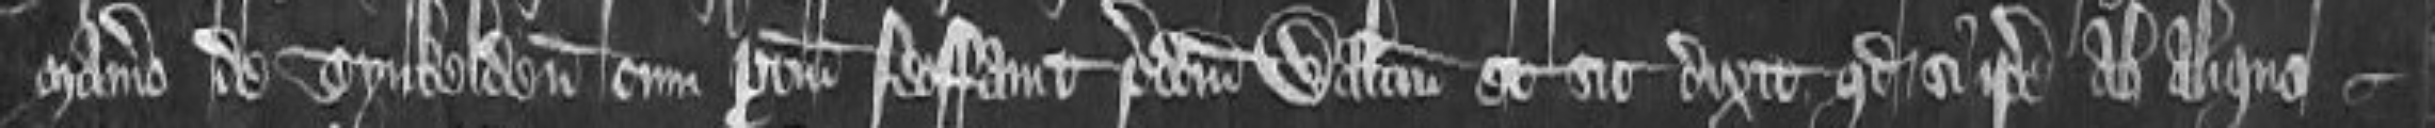
manerio de Tynkelden cum pertinenciis feoffavit predictum Walterum et sic dixit quod si ipse ab aliquo